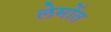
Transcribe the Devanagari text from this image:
लेमोंत